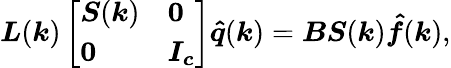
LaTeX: \boldsymbol{L}(\boldsymbol{k})\left[\begin{array}{ll}{\boldsymbol{S}(\boldsymbol{k})}&{\boldsymbol{0}}\\ {\boldsymbol{0}}&{\boldsymbol{I_{c}}}\end{array}\right]\boldsymbol{\hat{q}}(\boldsymbol{k})=\boldsymbol{B}\boldsymbol{S}(\boldsymbol{k})\boldsymbol{\hat{f}}(\boldsymbol{k}),